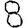
Digit: 8